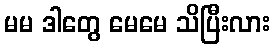
မမ ဒါတွေ မေမေ သိပြီးလား